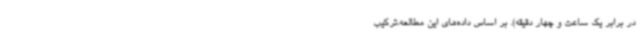
در برابر یک ساعت و چهار دقیقه). بر اساس داده‌های این مطالعه،ترکیب